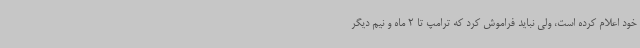
خود اعلام کرده است، ولی نباید فراموش کرد که ترامپ تا 2 ماه و نیم دیگر